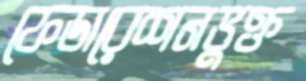
ফেডারেশনভুক্ত